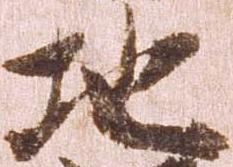
地